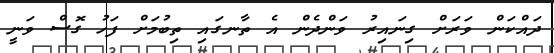
ދައްކަން ވަރަށް ގިނައިރު ވަންދެން އެ ތާނގައި ތިބުމަށް ފަހު ގޮސް ވަނީ